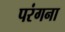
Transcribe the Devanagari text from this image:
परंगना